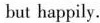
but happily.